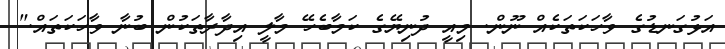
އަޅުގަނޑުގެ ވާހަކަތަކެއް ނޫން. މިއީ ދުނިޔޭގެ ކަމާބެހޭ މާލީ އިދާރާތަކުން ބުނާ ވާހަކަތައް."